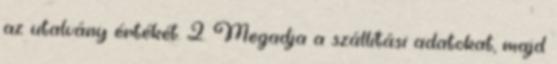
az utalvány értékét. 2. Megadja a szállítási adatokat, majd